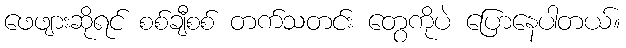
ဖေဖျားဆိုရင် စစ်ချီစစ် တက်သတင်း တွေကိုပဲ ပြောနေပါတယ်။